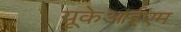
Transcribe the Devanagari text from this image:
यूकेआईएम